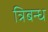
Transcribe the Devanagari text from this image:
त्रिबन्ध